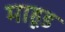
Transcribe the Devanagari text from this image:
माहूड